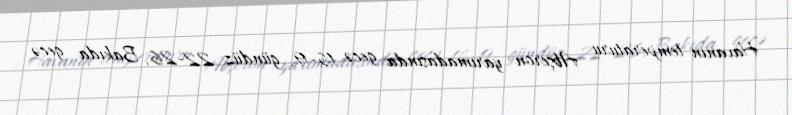
Havanın temperaturu Abşeron yarımadasında gecə 16-19, gündüz 22-26, Bakıda gecə